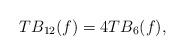
LaTeX: \begin{align*}TB_{12}(f)=4TB_{6}(f),\end{align*}